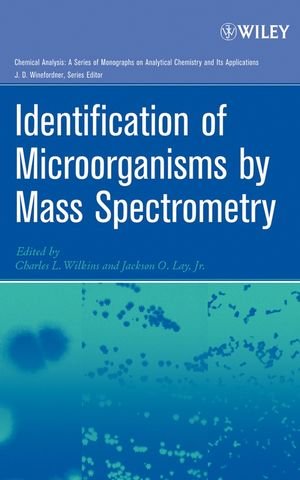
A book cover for Identification of Microorganisms by Mass Spectrometry; Charles L. Wilkins; Science & Math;